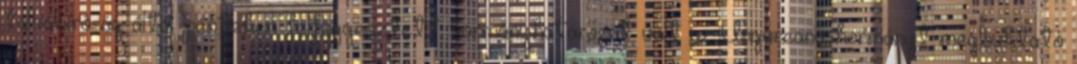
táblabíróság által pénteken felfüggesztett kormányhatározat volt az Ungureanu-kormányt megbuktató